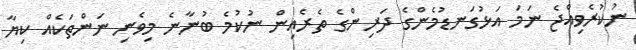
ނުކުރެވިއްޖެ ނަމަ އަޅުގަނޑުމެންގެ ދަރިންގެ ތެރެއިން ނުކުމެ ބުނާނެ މިވެނި ނަންތަކެއް ކިޔާ